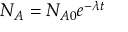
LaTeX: N _ { A } = N _ { A 0 } e ^ { - { \lambda } t }